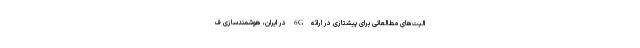
الیت‌های مطالعاتی برای پیشتازی در ارائه 6G در ایران، هوشمندسازی ف